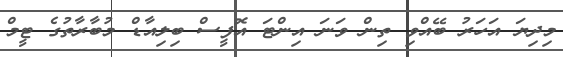
މިދިޔަ އަހަރު ބޭއްވި ތިން ވަނަ އިންޓަ އޮފީސް ބިލިއާޑް މުބާރާތުގެ ޓީމް